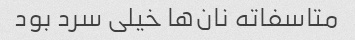
متاسفاته نان‌ها خیلی سرد بود